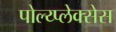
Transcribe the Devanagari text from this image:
पोल्य्प्लेक्सेस